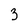
Character: 3